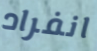
انفراد